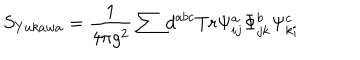
S _ { Y u k a w a } = \frac { 1 } { 4 \pi g ^ { 2 } } \sum d ^ { a b c } T r \Psi _ { i j } ^ { a } \Phi _ { j k } ^ { b } \Psi _ { k i } ^ { c }